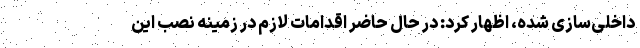
داخلی‌سازی شده، اظهار کرد: در حال حاضر اقدامات لازم در زمینه نصب این